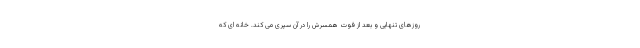
روزهای تنهایی و بعد از فوت همسرش را در آن سپری می کند. خانه ای که